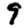
Digit: 9